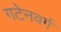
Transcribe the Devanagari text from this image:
गटेनवर्ग